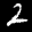
Label: 2